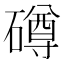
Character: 𥖁